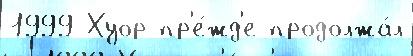
1999 Хуор пр'е́жд'е продолжа́л